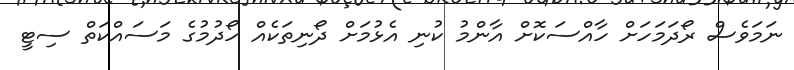
ނަމަވެސް ރޯދަމަހަށް ހާއްސަކޮށް އާންމު ކުނި އެޅުމަށް ދޯނިތަކެއް ހޯދުމުގެ މަސައްކަތް ސިޓީ